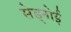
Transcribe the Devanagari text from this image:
सेड्नोई